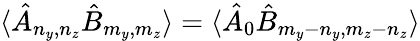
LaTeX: \langle\hat{A}_{n_{y},n_{z}}\hat{B}_{m_{y},m_{z}}\rangle=\langle\hat{A}_{0}\hat{B}_{m_{y}-n_{y},m_{z}-n_{z}}\rangle